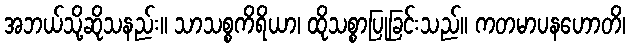
အဘယ်သို့ဆိုသနည်း။ သာသစ္စကိရိယာ၊ ထိုသစ္စာပြုခြင်းသည်။ ကတမာပနဟောတိ၊